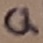
Text: Q